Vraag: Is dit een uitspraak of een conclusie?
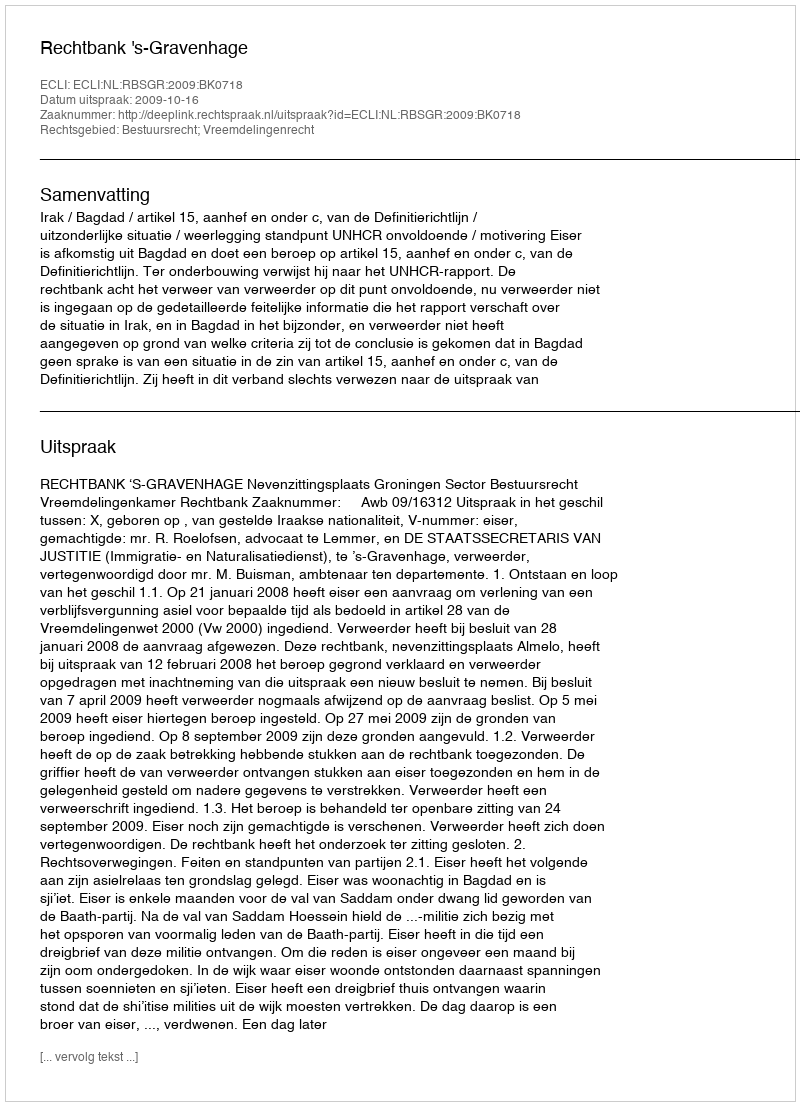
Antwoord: Uitspraak